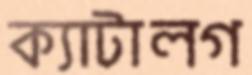
ক্যাটালগ